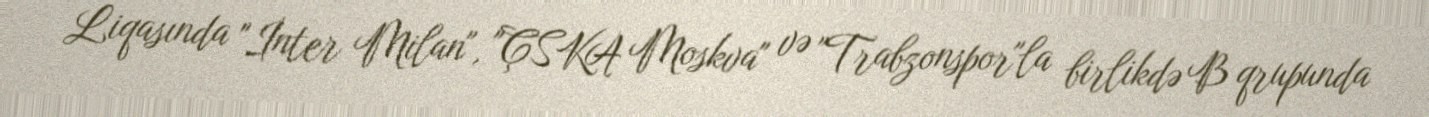
Liqasında "İnter Milan", "ÇSKA Moskva" və "Trabzonspor"la birlikdə B qrupunda